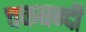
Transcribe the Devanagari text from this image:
चकबन्दी